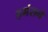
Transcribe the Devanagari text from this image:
हगंसने